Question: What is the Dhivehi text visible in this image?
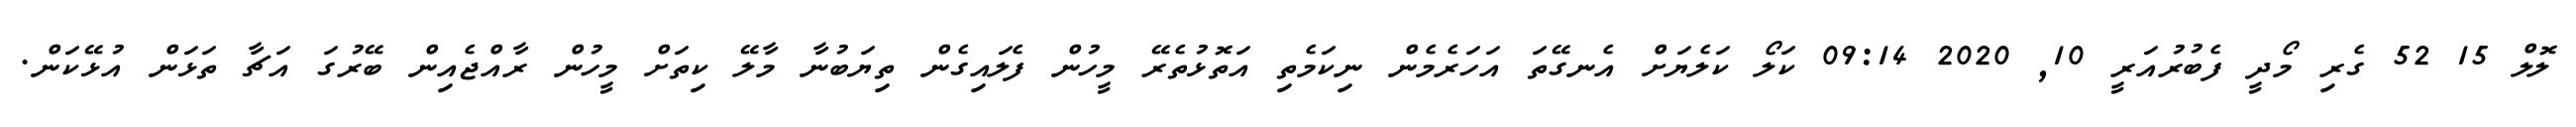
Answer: ލޮލް 15 52 ގެރި މޯދީ ފެބުރުއަރީ 10, 2020 09:14 ކަލޯ ކަލެޔަށް އެނގޭތަ އަހަރެމެން ނިކަމެތި އަތޮޅުތެރޭ މީހުން ފެލައިގެން ތިޔަބުނާ މާލޭ ކިތަށް މީހުން ރާއްޖެއިން ބޭރުގަ އަޗާ ތަޅަން އުޅޭކަން.